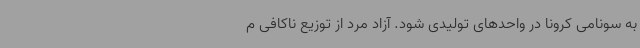
به سونامی کرونا در واحدهای تولیدی شود. آزاد مرد از توزیع ناکافی م